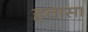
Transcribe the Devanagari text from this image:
हवासा